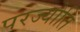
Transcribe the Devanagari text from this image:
परज्योति